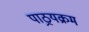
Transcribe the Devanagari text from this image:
पाठ्रयक्रम